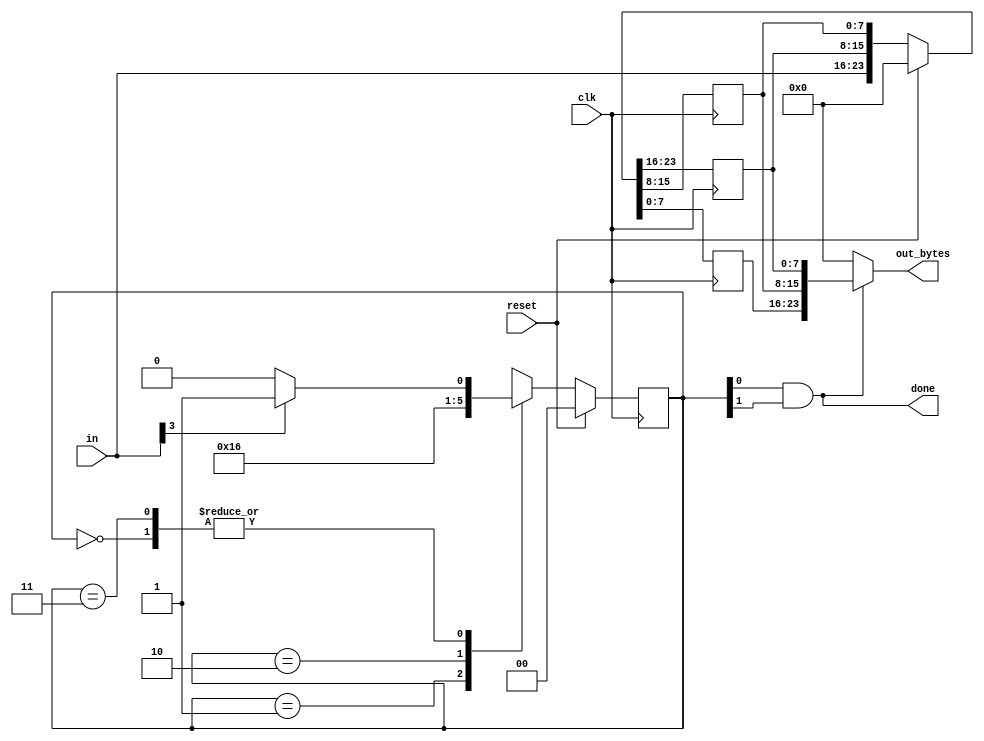
module top_module(
    input clk,
    input [7:0] in,
    input reset,    // Synchronous reset
    output [23:0] out_bytes,
    output done); //

    // FSM from fsm_ps2
    parameter A=0, B=1, C=2, D=3;
    reg [1:0] ps, ns;

    // State transition logic (combinational)
    always @(*) begin
        case(ps)
            A : ns = in[3] ? B : A;
            B : ns = C;
            C : ns = D;
            D : ns = in[3] ? B : A;
        endcase
    end

    // State flip-flops (sequential)
    always @(posedge clk) begin
        if (reset)
            ps <= 0;
        else
            ps <= ns;
    end
 
    // Output logic
    assign done = ps[0]&ps[1];

    // New: Datapath to store incoming bytes.
    reg [7:0] r1,r2,r3;
    
    always @(posedge clk) begin
        if (reset)
        	{r1,r2,r3} <= 0;
        else
        	{r1,r2,r3} <= {in,r1,r2};
    end
    
    assign out_bytes = done ? {r3,r2,r1} : 0;

endmodule